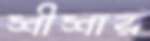
শীশার